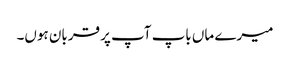
میرے ماں باپ آپ پر قربان ہوں۔